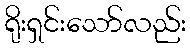
ရိုးရှင်းသော်လည်း